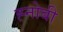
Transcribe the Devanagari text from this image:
ह्नोबी